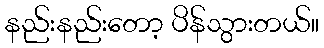
နည်းနည်းတော့ ပိန်သွားတယ်။